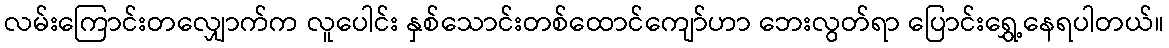
လမ်းကြောင်းတလျှောက်က လူပေါင်း နှစ်သောင်းတစ်ထောင်ကျော်ဟာ ဘေးလွတ်ရာ ပြောင်းရွှေ့နေရပါတယ်။